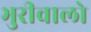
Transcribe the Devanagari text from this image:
भुरीवालो